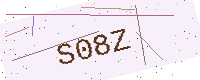
Text: S08Z